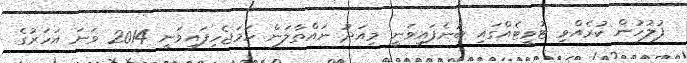
ފުލުހުން ކުރެއްވި ޓުވީޓެއްގައި ބުނެފައިވަނީ މިއަދު ނައްތާލަން ހަމަޖެހިފައިވަނީ 2014 ވަނަ އަހަރުގެ